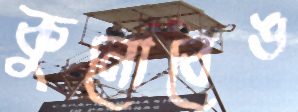
কুনোবেঙ